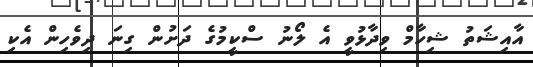
އާއިޝަތު ޝިހާމް ވިދާޅުވީ އެ ލޯނު ސްކީމުގެ ދަށުން ގިނަ ދިވެހިން އެކި